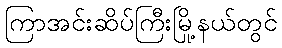
ကြာအင်းဆိပ်ကြီးမြို့နယ်တွင်